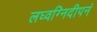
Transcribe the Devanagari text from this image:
लघ्वग्निदीपनं